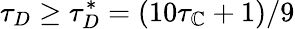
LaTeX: \tau_{D}\geq\tau_{D}^{*}=(10\tau_{\mathbb{C}}+1)/9